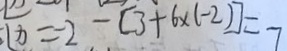
x = 2 - [ 3 + 6 \times ( - 2 ) ] = 7